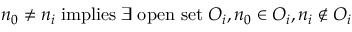
n _ { 0 } \neq n _ { i } \; \mathrm { i m p l i e s } \; \exists \; \mathrm { o p e n ~ s e t } \; O _ { i } , n _ { 0 } \in O _ { i } , n _ { i } \notin O _ { i }